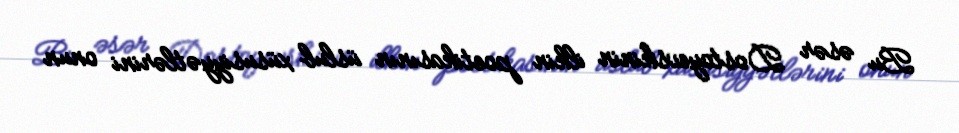
Bu əsər Dostoyevskinin ilkin poetikasının üslub xüsusiyyətlərini onun